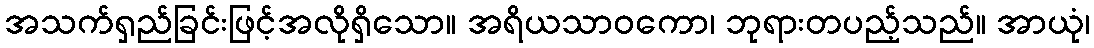
အသက်ရှည်ခြင်းဖြင့်အလိုရှိသော။ အရိယသာဝကော၊ ဘုရားတပည့်သည်။ အာယုံ၊